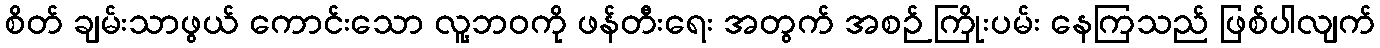
စိတ် ချမ်းသာဖွယ် ကောင်းသော လူ့ဘဝကို ဖန်တီးရေး အတွက် အစဉ် ကြိုးပမ်း နေကြသည် ဖြစ်ပါလျက်